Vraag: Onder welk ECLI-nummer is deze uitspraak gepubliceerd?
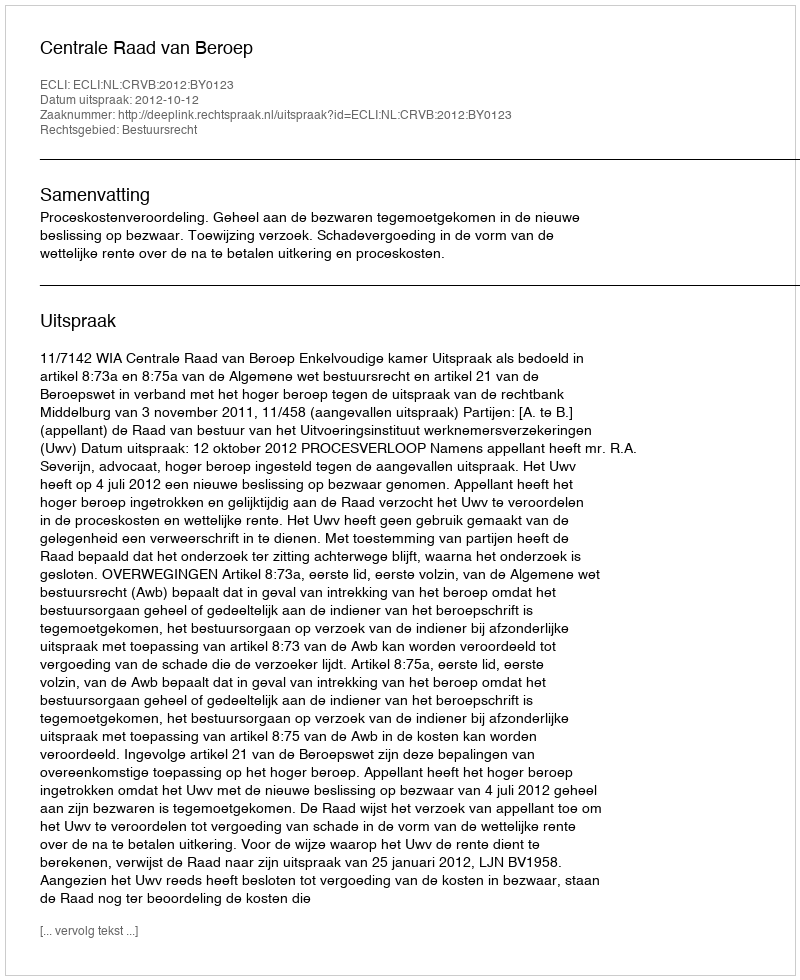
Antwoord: ECLI:NL:CRVB:2012:BY0123